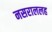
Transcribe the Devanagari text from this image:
नसराललह